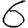
Digit: 6